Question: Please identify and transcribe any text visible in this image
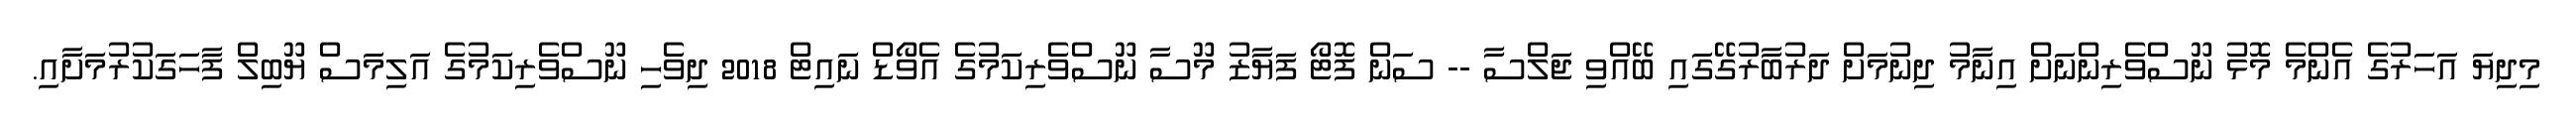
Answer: މިދިޔަ އަހަރުގެ އެންމެ މޮޅު ނޫސްވެރިންނަށް އިނާމު ދިނުމަށް ދަރުބާރުގޭގައި ބޭއްވި ޖަލްސާ -- ސަން ފޮޓޯ ފަޔާޒު މޫސާ ނޫސްވެރިކަމުގެ އެވޯޑް ނައިޓް 2018 ދިވެހި ނޫސްވެރިކަމުގެ އަލިމަސް ޔޫބިލް ފާހަގަކުރުމަށާއި.